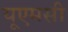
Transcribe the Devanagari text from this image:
यूएमसी